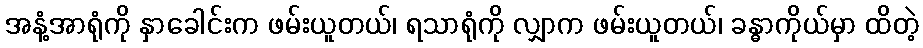
အနံ့အာရုံကို နှာခေါင်းက ဖမ်းယူတယ်၊ ရသာရုံကို လျှာက ဖမ်းယူတယ်၊ ခန္ဓာကိုယ်မှာ ထိတဲ့